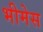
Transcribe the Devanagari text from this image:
भीमेस